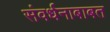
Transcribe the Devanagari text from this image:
संवर्धनाबाबत